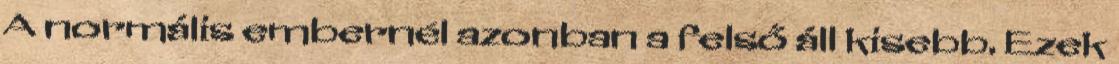
A normális embernél azonban a felső áll kisebb. Ezek